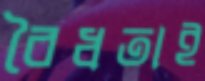
বৈধতাই